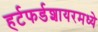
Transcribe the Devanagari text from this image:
हर्टफर्डशायरमध्ये